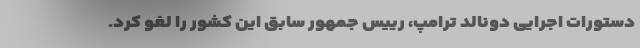
دستورات اجرایی دونالد ترامپ، رییس جمهور سابق این کشور را لغو کرد.